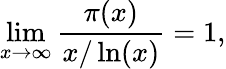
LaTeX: \operatorname*{lim}_{x\to\infty}{\frac{\pi(x)}{x/\ln(x)}}=1,